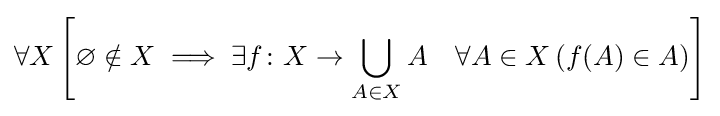
\forall X\left[\varnothing \notin X\implies \exists f\colon X\rightarrow \bigcup _{A\in X}A\quad \forall A\in X\,(f(A)\in A)\right]